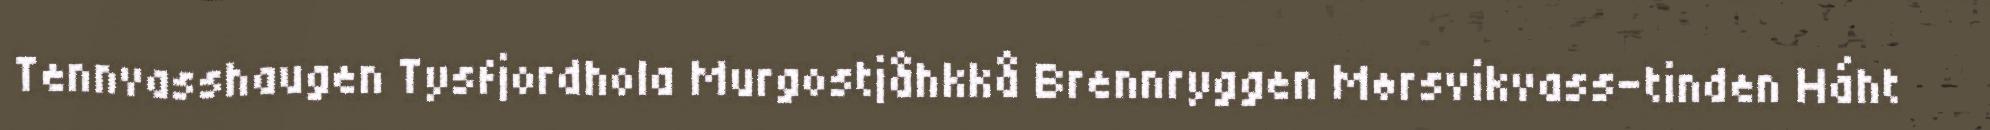
Tennvasshaugen Tysfjordhola Murgostjåhkkå Brennryggen Mørsvikvass-tinden Háht